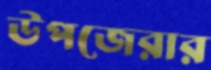
উপজেরার